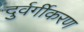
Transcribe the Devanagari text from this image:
दुर्वर्गीकरण